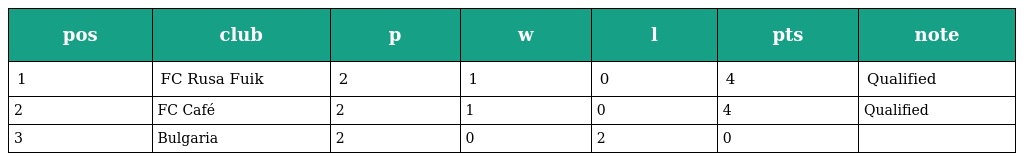
| pos | club | p | w | l | pts | note |
 | --- | --- | --- | --- | --- | --- | --- |
 | 1 | FC Rusa Fuik | 2 | 1 | 0 | 4 | Qualified |
 | 2 | FC Café | 2 | 1 | 0 | 4 | Qualified |
 | 3 | Bulgaria | 2 | 0 | 2 | 0 |  |